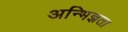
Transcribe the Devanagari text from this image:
अन्भिज्ञता